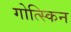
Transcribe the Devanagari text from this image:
गोत्स्किन